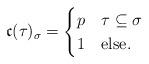
LaTeX: \begin{align*}\mathfrak{c}(\tau)_{\sigma}=\begin{cases}p & \tau\subseteq\sigma \\1 & \mbox{else}.\end{cases}\end{align*}